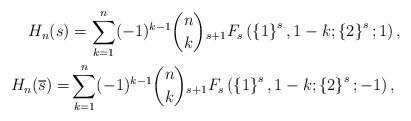
LaTeX: \begin{align*}H_n(s)&=\sum\limits_{k=1}^n(-1)^{k-1}\binom{n}{k}{_{s+1}}F_s\left(\left\{1\right\}^{s},1-k;\left\{2\right\}^{s};1\right),\\H_n(\overline{s})=&\sum\limits_{k=1}^n(-1)^{k-1}\binom{n}{k}{_{s+1}}F_s\left(\left\{1\right\}^{s},1-k;\left\{2\right\}^{s};-1\right),\end{align*}